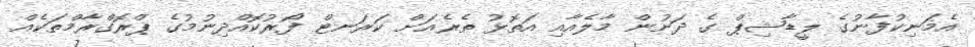
އެމަނިކުފާނުގެ ލީޑާޝިޕް ގެ ދަށުން މާލެއާއި އަތޮޅު ތެރެއަށް ކަރަނޓް ފޯރުކޮއްދިނުމުގެ ޕްރޮގްރާމްތަކެއް